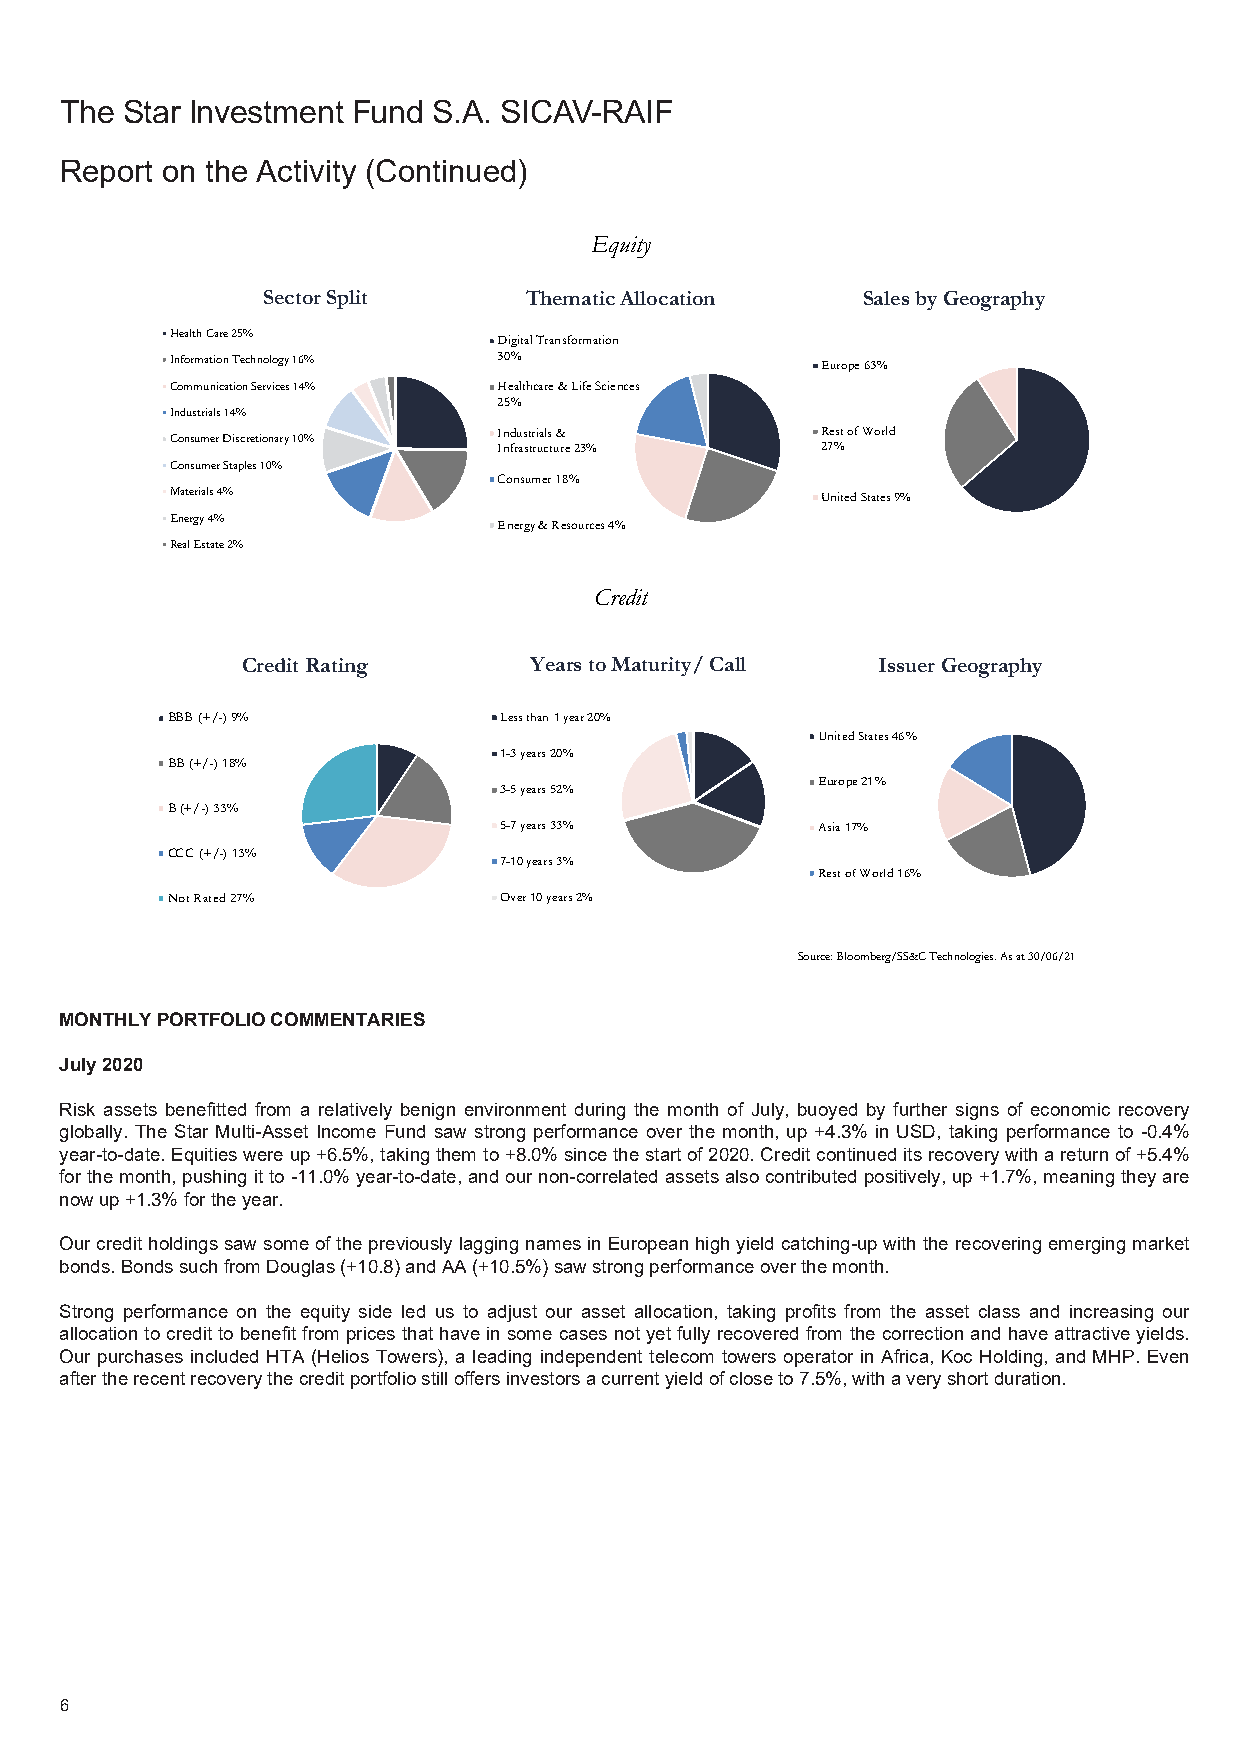
The Star Investment Fund S.A. SICAV-RAIF
 Report on the Activity (Continued)
 Equity
 Sector Split      Thematic Allocation   Sales by Geography
 Health Care 25%
 Digital Transformation
 Information Technology 16% 30%             Europe 63%
 Communication Services 14% Healthcare & Life Sciences
 25%
 Industrials 14%
 Industrials &        Rest of World
 Consumer Discretionary 10%
 Infrastructure 23%   27%
 Consumer Staples 10%
 Consumer 18%
 Materials 4%                               United States 9%
 Energy 4%
 Energy & Resources 4%
 Real Estate 2%
 Credit
 Credit Rating      Years to Maturity/ Call Issuer Geography
 BBB (+/-) 9%          Less than 1 year 20%
 United States 46%
 1-3 years 20%
 BB (+/-) 18%
 Europe 21%
 3-5 years 52%
 B (+/-) 33%
 5-7 years 33%        Asia 17%
 CCC (+/-) 13%
 7-10 years 3%
 Rest of World 16%
 Not Rated 27%         Over 10 years 2%
 Source: Bloomberg/SS&C Technologies. As at 30/06/21
 MONTHLY PORTFOLIO COMMENTARIES
 July 2020
 Risk assets benefitted from a relatively benign environment during the month of July, buoyed by further signs of economic recovery
 globally. The Star Multi-Asset Income Fund saw strong performance over the month, up +4.3% in USD, taking performance to -0.4%
 year-to-date. Equities were up +6.5%, taking them to +8.0% since the start of 2020. Credit continued its recovery with a return of +5.4%
 for the month, pushing it to -11.0% year-to-date, and our non-correlated assets also contributed positively, up +1.7%, meaning they are
 now up +1.3% for the year.
 Our credit holdings saw some of the previously lagging names in European high yield catching-up with the recovering emerging market
 bonds. Bonds such from Douglas (+10.8) and AA (+10.5%) saw strong performance over the month.
 Strong performance on the equity side led us to adjust our asset allocation, taking profits from the asset class and increasing our
 allocation to credit to benefit from prices that have in some cases not yet fully recovered from the correction and have attractive yields.
 Our purchases included HTA (Helios Towers), a leading independent telecom towers operator in Africa, Koc Holding, and MHP. Even
 after the recent recovery the credit portfolio still offers investors a current yield of close to 7.5%, with a very short duration.
 6